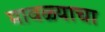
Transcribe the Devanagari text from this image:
मावळ्याचा